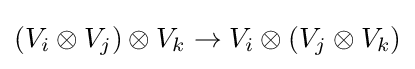
(V_{i}\otimes V_{j})\otimes V_{k}\to V_{i}\otimes (V_{j}\otimes V_{k})